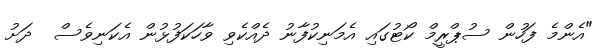
"އެންމެ ފަހުން ސުޕްރީމް ކޯޓުގައި އެމަނިކުފާނު ދެއްކެވި ވާހަކަފުޅުން އެކަނިވެސް  ދަށު